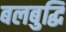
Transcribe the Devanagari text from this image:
बलबुद्धि